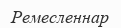
Ремесленнар